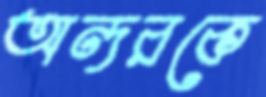
অন্দরকে